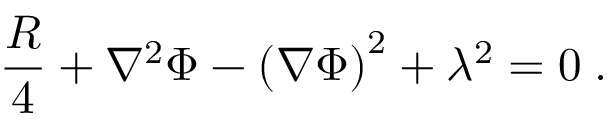
{ \frac { R } { 4 } } + \nabla ^ { 2 } \Phi - { \left( \nabla \Phi \right) } ^ { 2 } + \lambda ^ { 2 } = 0 \; .